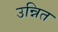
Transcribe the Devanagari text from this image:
उन्नित